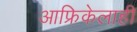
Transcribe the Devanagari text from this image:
आफ्रिकेलाही